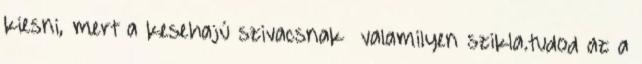
kiesni, mert a kesehajú szivacsnak valamilyen szikla.tudod az a